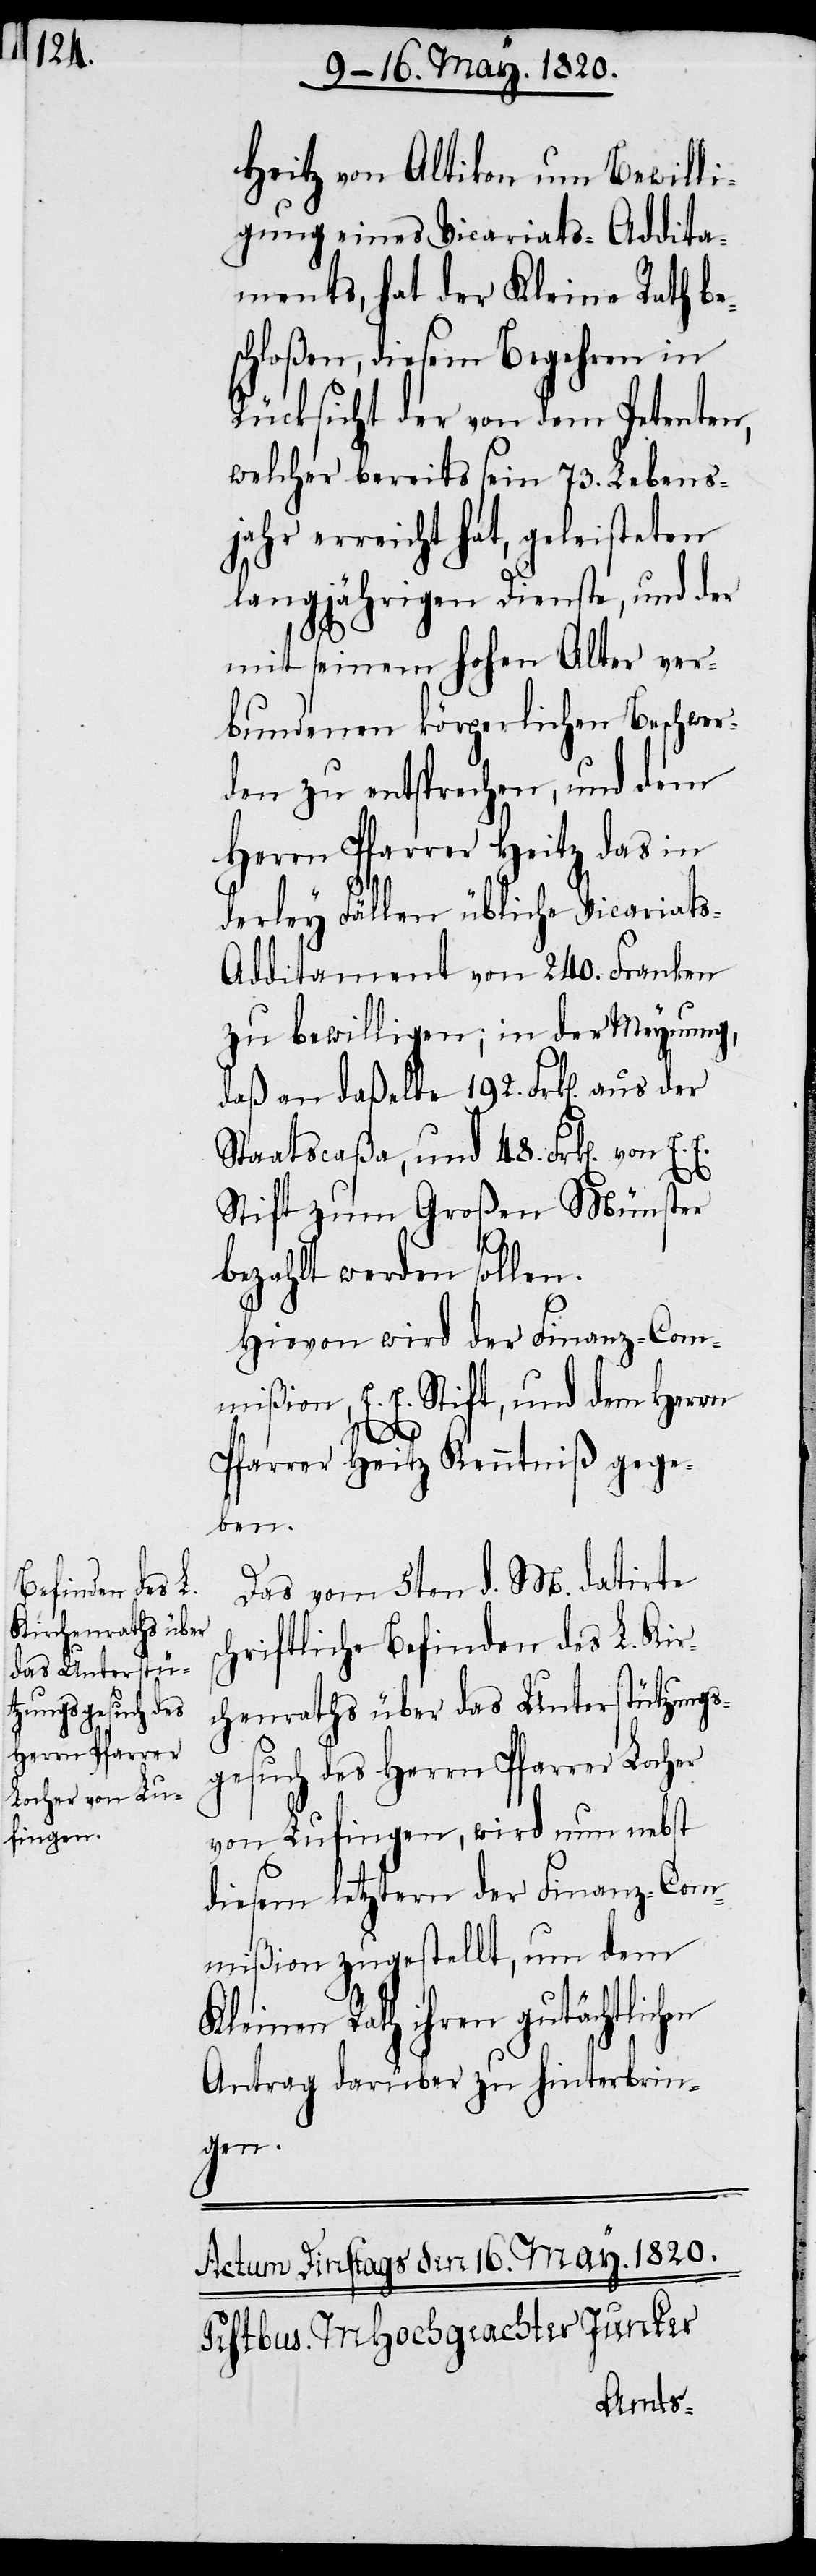
Heitz von Altikon um Bewilli¬
gung eines Vicariats-Addita¬
ments, hat der Kleine Rath be¬
schloßen, diesem Begehren in
Rücksicht der von dem Petenten,
welcher bereits sein 73. Lebens¬
jahr erreicht hat, geleisteten
langjährigen Dienste, und der
mit seinem hohen Alter ver¬
bundenen körperlichen Beschwer¬
den zu entsprechen, und dem
Herrn Pfarrer Heitz das in
derley Fällen übliche Vicariat¬
ditament von 240. Franken
zu bewilligen; in der Meynung,
Staatscaßa, und 48. Frk[en].
Stift zum Großen Münster
192.
bezahlt werden sollen.
Hiervon wird der Finanz-Com¬
mißion, E. E. Stift, und dem Herrn
s¬
Pfarrer Heitz Kenntniβ gege¬
ben.
Das vom 5ten d. M. datirte
chriftliche Befinden des L. Kir¬
chenraths über das Unterstützungs¬
gesuch des Herrn Pfarrer Locher
von Lufingen, wird nun nebst
diesem letztern der Finanz-Com¬
mißion zugestellt, um dem
Kleinen Rath ihren gutächtlichen
Antrag darüber zu hinterbrin¬
gen.